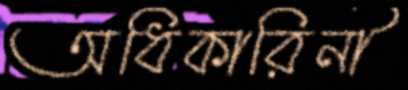
অধিকারিনী